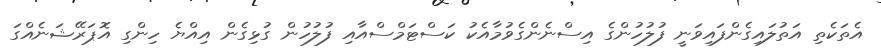
އެތަކެތި އަތުލައިގެންފައިވަނީ ފުލުހުންގެ އިސްނެންގެވުމާއެކު ކަސްޓަމްސްއާއި ފުލުހުން ގުޅިގެން އިއްޔެ ހިންގި އޮޕަރޭޝަނެއްގަ